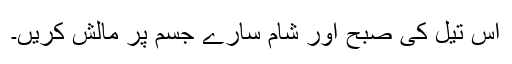
اس تیل کی صبح اور شام سارے جسم پر مالش کریں۔